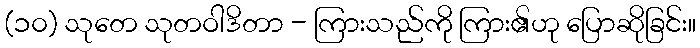
(၁၀) သုတေ သုတဝါဒိတာ - ကြားသည်ကို ကြား၏ဟု ပြောဆိုခြင်း။